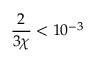
\frac { 2 } { 3 \chi } < 1 0 ^ { - 3 }